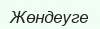
Жөндеуге